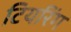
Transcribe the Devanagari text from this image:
टियरिंग